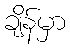
ချိန်မှာ